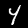
Digit: 4